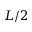
L / 2